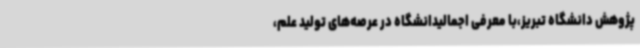
پژوهش دانشگاه تبریز،با معرفی اجمالیدانشگاه در عرصه‌های تولید علم،